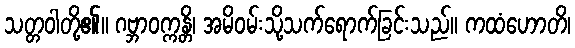
သတ္တဝါတို့၏။ ဂဗ္ဘာဝက္ကန္တိ၊ အမိဝမ်းသို့သက်ရောက်ခြင်းသည်။ ကထံဟောတိ၊